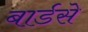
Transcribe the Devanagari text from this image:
बार्डसे